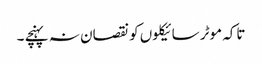
تاکہ موٹر سائیکلوں کو نقصان نہ پہنچے ۔